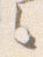
之